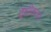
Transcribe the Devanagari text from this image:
द्वैधीकरण